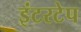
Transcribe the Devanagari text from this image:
इंटरटेप